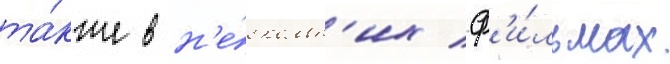
та́кже в н'е́скольк'их ф'и́льмах